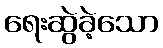
ရေးဆွဲခဲ့သော